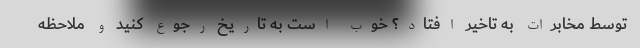
توسط مخابرات به تاخیر افتاد؟ خوب است به تاریخ رجوع کنید و ملاحظه